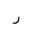
Letter: _ra